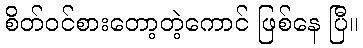
စိတ်ဝင်စားတော့တဲ့ကောင် ဖြစ်နေ ပြီ။